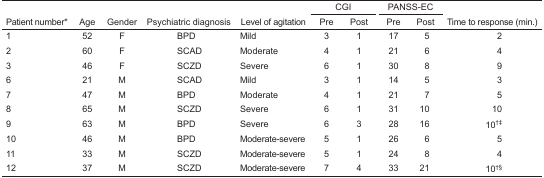
<table><thead><tr><td>[EMPTY_CELL]</td><td>[EMPTY_CELL]</td><td>[EMPTY_CELL]</td><td>[EMPTY_CELL]</td><td>[EMPTY_CELL]</td><td colspan="2"><b>CGI</b></td><td colspan="2"><b>PANSS-EC</b></td><td>[EMPTY_CELL]</td></tr><tr><td><b>Patient number*</b></td><td><b>Age</b></td><td><b>Gender</b></td><td><b>Psychiatric diagnosis</b></td><td><b>Level of agitation</b></td><td><b>Pre</b></td><td><b>Post</b></td><td><b>Pre</b></td><td><b>Post</b></td><td><b>Time to response (min.)</b></td></tr></thead><tbody><tr><td>1</td><td>52</td><td>F</td><td>BPD</td><td>Mild</td><td>3</td><td>1</td><td>17</td><td>5</td><td>2</td></tr><tr><td>2</td><td>60</td><td>F</td><td>SCAD</td><td>Moderate</td><td>4</td><td>1</td><td>21</td><td>6</td><td>4</td></tr><tr><td>3</td><td>46</td><td>F</td><td>SCZD</td><td>Severe</td><td>6</td><td>1</td><td>30</td><td>8</td><td>9</td></tr><tr><td>6</td><td>21</td><td>M</td><td>SCAD</td><td>Mild</td><td>3</td><td>1</td><td>14</td><td>5</td><td>3</td></tr><tr><td>7</td><td>47</td><td>M</td><td>BPD</td><td>Moderate</td><td>4</td><td>1</td><td>21</td><td>7</td><td>5</td></tr><tr><td>8</td><td>65</td><td>M</td><td>SCZD</td><td>Severe</td><td>6</td><td>1</td><td>31</td><td>10</td><td>10</td></tr><tr><td>9</td><td>63</td><td>M</td><td>BPD</td><td>Severe</td><td>6</td><td>3</td><td>28</td><td>16</td><td>10†‡</td></tr><tr><td>10</td><td>46</td><td>M</td><td>BPD</td><td>Moderate-severe</td><td>5</td><td>1</td><td>26</td><td>6</td><td>5</td></tr><tr><td>11</td><td>33</td><td>M</td><td>SCZD</td><td>Moderate-severe</td><td>5</td><td>1</td><td>24</td><td>8</td><td>4</td></tr><tr><td>12</td><td>37</td><td>M</td><td>SCZD</td><td>Moderate-severe</td><td>7</td><td>4</td><td>33</td><td>21</td><td>10†§</td></tr></tbody></table>